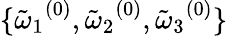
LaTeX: \{ {\tilde{\omega}_{1}}^{(0)},{\tilde{\omega}_{2}}^{(0)},{\tilde{\omega}_{3}}^{(0)}\}